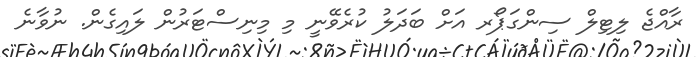
ރާއްޖެ ލިޓިލް ސިންގަޕޯރ އަށް ބަދަލު ކުރެވޭނީ މި މިނިސްޓަރުން ލައިގެން. ނުވާނެ